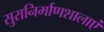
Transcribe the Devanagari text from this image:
सुरानिर्माणशालाएं